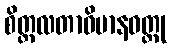
စိတ္တလတာဝိမာနဝတ္ထု